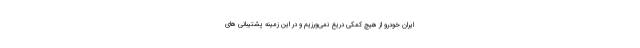
ایران خودرو از هیچ کمکی دریغ نمی‌ورزیم و در این زمینه پشتیبانی های